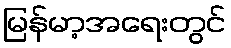
မြန်မာ့အရေးတွင်